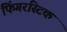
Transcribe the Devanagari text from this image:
फिंगरस्टिक